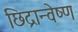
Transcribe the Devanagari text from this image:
छिद्रान्वेष्ण